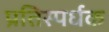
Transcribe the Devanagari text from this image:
प्रतिस्पर्धक